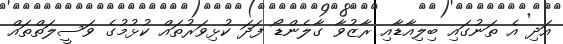
އަދި އެ ތަނުގައި ބިލިއާޑާއި ރާޒުވާ ގާލެންޑޯ ފަދަ ކުޅިވަރުތައް ކުޅުމުގެ ވަސީލަތްތައް